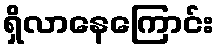
ရှိလာနေကြောင်း